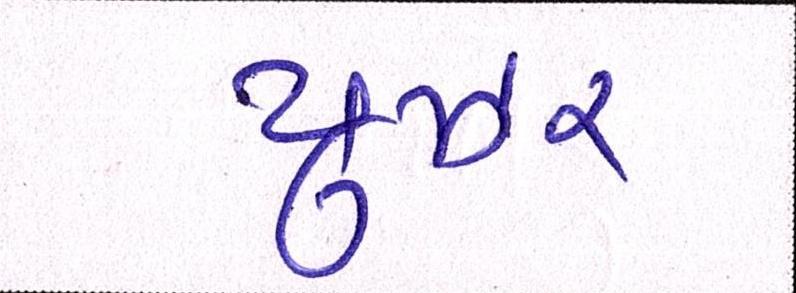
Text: યુઝર